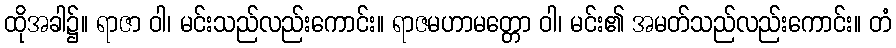
ထိုအခါ၌။ ရာဇာ ဝါ၊ မင်းသည်လည်းကောင်း။ ရာဇမဟာမတ္တော ဝါ၊ မင်း၏ အမတ်သည်လည်းကောင်း။ တံ